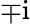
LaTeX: \mp\mathrm{i}